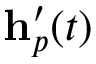
\mathbf { h } _ { p } ^ { \prime } ( t )